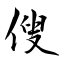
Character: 傁